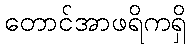
တောင်အာဖရိကရှိ